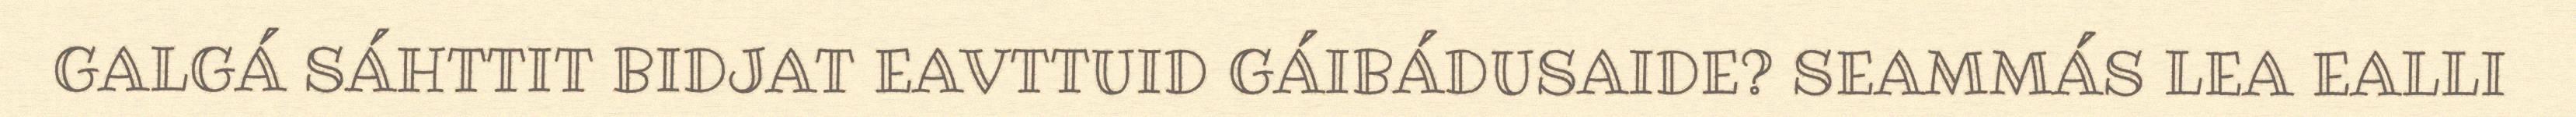
GALGÁ SÁHTTIT BIDJAT EAVTTUID GÁIBÁDUSAIDE? SEAMMÁS LEA EALLI